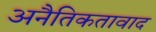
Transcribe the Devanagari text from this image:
अनैतिकतावाद